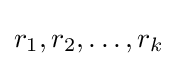
r_{1},r_{2},\dots ,r_{k}